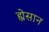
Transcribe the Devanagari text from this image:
ह्येसान